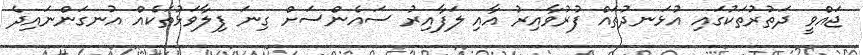
ޖައްވީ ދަތުރުތަކުގައި އުޅަނދުތައް ފުރުވާއިރު އާއި ލަފާއިރު ސައެންސަށް ގިނަ ފިލާވަޅުތަކެއް އުނގަންނައިދެ